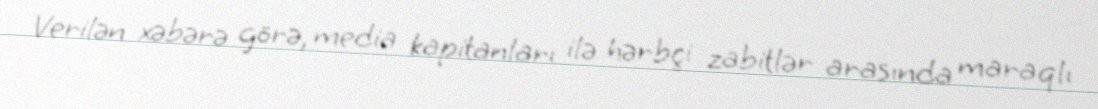
Verilən xəbərə görə, media kapitanları ilə hərbçi zabitlər arasında maraqlı